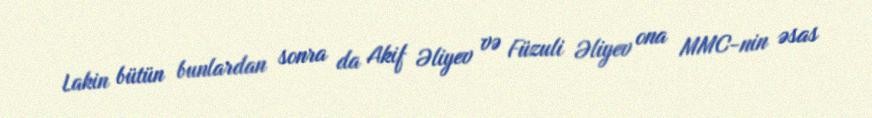
Lakin bütün bunlardan sonra da Akif Əliyev və Füzuli Əliyev ona MMC-nin əsas